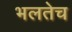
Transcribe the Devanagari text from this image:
भलतेच